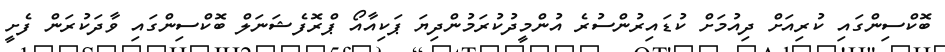
ބޮކްސިންގައި ކުރިއަށް ދިއުމަށް ކުޑައިރުންސުރެ އުންމީދުކުރަމުންދިޔަ ޕަކިއާއޯ ޕްރޮފެޝަނަލް ބޮކްސިންގައި ވާދަކުރަން ފެށީ